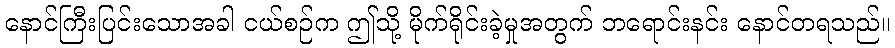
နောင်ကြီးပြင်းသောအခါ ငယ်စဉ်က ဤသို့ မိုက်ရိုင်းခဲ့မှုအတွက် ဘရောင်းနင်း နောင်တရသည်။